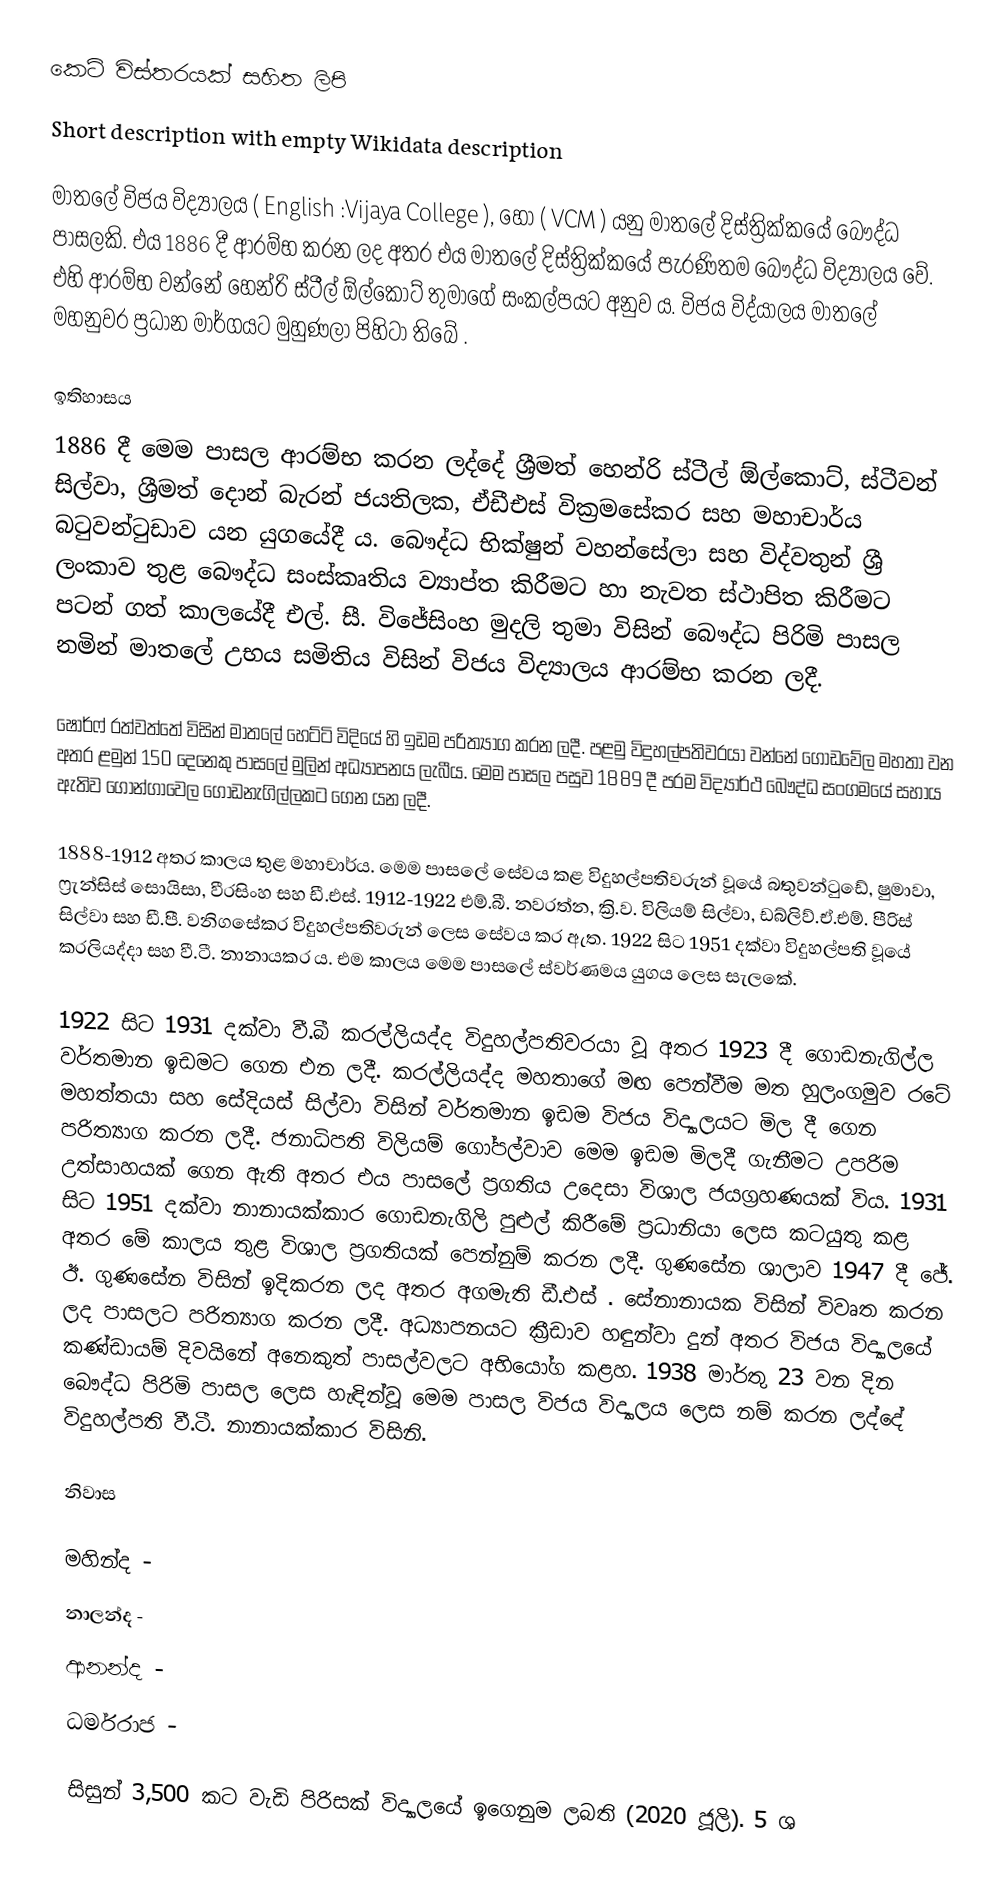
කෙටි විස්තරයක් සහිත ලිපි
Short description with empty Wikidata description

මාතලේ විජය විද්‍යාලය  ( English :Vijaya College ), හෝ ( VCM ) යනු මාතලේ දිස්ත්‍රික්කයේ බෞද්ධ පාසලකි. එය 1886 දී ආරම්භ කරන ලද අතර එය මාතලේ දිස්ත්‍රික්කයේ පැරණිතම බෞද්ධ විද්‍යාලය වේ. එහි ආරම්භ වන්නේ හෙන්රි ස්ටීල් ඕල්කොට්  තුමාගේ සංකල්පයට අනුව ය. විජය විද්යාලය මාතලේ මහනුවර ප්‍රධාන මාර්ගයට මුහුණලා පිහිටා තිබේ .

ඉතිහාසය
1886 දී මෙම පාසල ආරම්භ කරන ලද්දේ ශ්‍රීමත් හෙන්රි ස්ටීල් ඕල්කොට්, ස්ටීවන් සිල්වා, ශ්‍රීමත් දොන් බැරන් ජයතිලක, ඒඩීඑස් වික්‍රමසේකර සහ මහාචාර්ය බටුවන්ටුඩාව යන යුගයේදී ය. බෞද්ධ භික්ෂුන් වහන්සේලා සහ විද්වතුන් ශ්‍රී ලංකාව තුළ බෞද්ධ සංස්කෘතිය ව්‍යාප්ත කිරීමට හා නැවත ස්ථාපිත කිරීමට පටන් ගත් කාලයේදී එල්. සී. විජේසිංහ මුදලි තුමා විසින් බෞද්ධ පිරිමි පාසල නමින් මාතලේ උභය සමිතිය විසින් විජය විද්‍යාලය ආරම්භ කරන ලදී.

ෂෝර්ෆ් රත්වත්තේ විසින් මාතලේ හෙට්ටි විදියේ හි ඉඩම පරිත්‍යාග කරන ලදී. පළමු විදුහල්පතිවරයා වන්නේ ගොඩවේල මහතා වන අතර ළමුන් 150 දෙනෙකු පාසලේ මුලින් අධ්‍යාපනය ලැබීය. මෙම පාසල පසුව 1889 දී පරම විද්‍යාර්ථ බෞද්ධ සංගමයේ සහාය ඇතිව ගොන්ගාවෙල ගොඩනැගිල්ලකට ගෙන යන ලදී.

1888-1912 අතර කාලය තුළ මහාචාර්ය. මෙම පාසලේ සේවය කළ විදුහල්පතිවරුන් වූයේ බතුවන්ටුඩේ, ෂුමාවා, ෆ්‍රැන්සිස් සොයිසා, වීරසිංහ සහ ඩී.එස්. 1912-1922 එම්.බී. නවරත්න, ක්‍රි.ව. විලියම් සිල්වා, ඩබ්ලිව්.ඒ.එම්. පීරිස් සිල්වා සහ ඩී.පී. වනිගසේකර විදුහල්පතිවරුන් ලෙස සේවය කර ඇත. 1922 සිට 1951 දක්වා විදුහල්පති වූයේ කරලියද්දා සහ වී.ටී. නානායකර ය. එම කාලය මෙම පාසලේ ස්වර්ණමය යුගය ලෙස සැලකේ.

1922 සිට 1931 දක්වා වී.බී කරල්ලියද්ද විදුහල්පතිවරයා වූ අතර 1923 දී ගොඩනැගිල්ල වර්තමාන ඉඩමට ගෙන එන ලදී. කරල්ලියද්ද මහතාගේ  මඟ පෙන්වීම මත හුලංගමුව රටේ මහත්තයා සහ සේදියස් සිල්වා විසින් වර්තමාන ඉඩම විජය විද්‍යාලයට මිල දී ගෙන පරිත්‍යාග කරන ලදී. ජනාධිපති විලියම් ගෝපල්වාව මෙම ඉඩම මිලදී ගැනීමට උපරිම උත්සාහයක් ගෙන ඇති අතර එය පාසලේ ප්‍රගතිය උදෙසා විශාල ජයග්‍රහණයක් විය. 1931 සිට 1951 දක්වා නානායක්කාර  ගොඩනැගිලි පුළුල් කිරීමේ ප්‍රධානියා ලෙස කටයුතු කළ අතර මේ කාලය තුළ විශාල ප්‍රගතියක් පෙන්නුම් කරන ලදී. ගුණසේන ශාලාව 1947 දී ජේ. ඊ. ගුණසේන විසින් ඉදිකරන ලද අතර අගමැති ඩී.එස් . සේනානායක විසින් විවෘත කරන ලද පාසලට පරිත්‍යාග කරන ලදී. අධ්‍යාපනයට ක්‍රීඩාව හඳුන්වා දුන් අතර විජය විද්‍යාලයේ කණ්ඩායම් දිවයිනේ අනෙකුත් පාසල්වලට අභියෝග කළහ. 1938 මාර්තු 23 වන දින බෞද්ධ පිරිමි පාසල ලෙස හැඳින්වූ මෙම පාසල විජය විද්‍යාලය ලෙස නම් කරන ලද්දේ විදුහල්පති වී.ටී. නානායක්කාර විසිනි.

නිවාස

 මහින්ද -
 නාලන්ද -
 ආනන්ද -
 ධර්මරාජ -

සිසුන් 3,500 කට වැඩි පිරිසක් විද්‍යාලයේ ඉගෙනුම ලබති (2020 ජූලි). 5 ශ